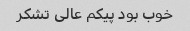
خوب بود پیکم عالی تشکر